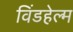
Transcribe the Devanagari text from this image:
विंडहेल्म